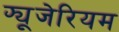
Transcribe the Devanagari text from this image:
फ्यूजेरियम